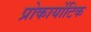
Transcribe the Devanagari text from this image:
प्रोकार्योटिक